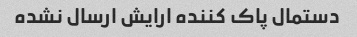
دستمال پاک کننده ارایش ارسال نشده